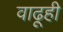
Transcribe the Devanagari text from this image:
वाढूही